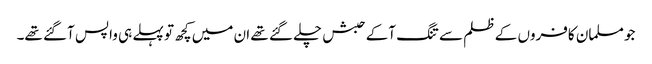
جو مسلمان کافروں کے ظلم سے تنگ آکے حبش چلے گئے تھے ان میں کچھ تو پہلے ہی واپس آگئے تھے۔